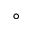
^ { \circ }